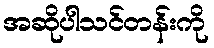
အဆိုပါသင်တန်းကို